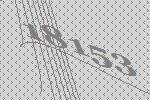
18153